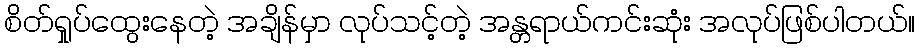
စိတ်ရှုပ်ထွေးနေတဲ့ အချိန်မှာ လုပ်သင့်တဲ့ အန္တရာယ်ကင်းဆုံး အလုပ်ဖြစ်ပါတယ်။